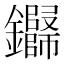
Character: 𬬢